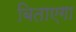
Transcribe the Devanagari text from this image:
बिताएगा